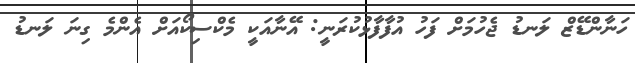
ހަނާންޑޭޒް ލަނޑު ޖެހުމަށް ފަހު އުފާފާޅުކުރަނީ: އޭނާއަކީ މެކްސިކޯއަށް އެންމެ ގިނަ ލަނޑު